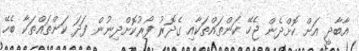
އާބާދީ އަށް ކޮށްދެން ޖެހޭ ކަންތައްތަކާއި ގެދޮރު ފޯރުކޮށްދިނުން ފަދަ ކަންތައްތަކާ ބެހޭ